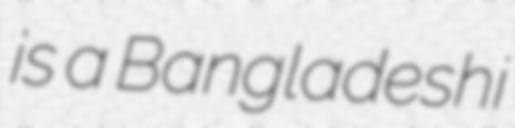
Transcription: is a Bangladeshi